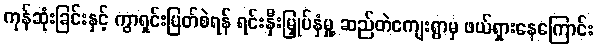
ကုန်ဆုံးခြင်းနှင့် ကွာရှင်းပြတ်စဲရန် ရင်းနှီးမြှုပ်နှံမှု့ ဆည်တဲကျေးရွာမှ ဖယ်ရှားနေကြောင်း